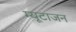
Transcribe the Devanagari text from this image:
म्यूटाजन